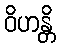
ဝိဟန္တိ